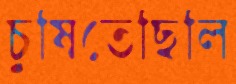
চুষিতেছিলি